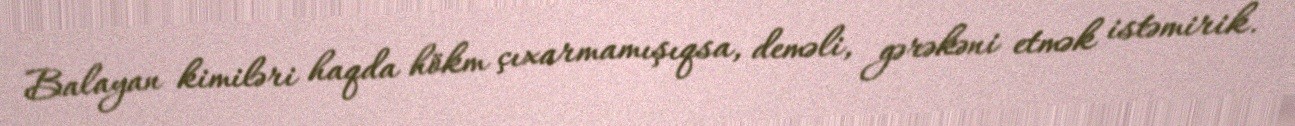
Balayan kimiləri haqda hökm çıxarmamışıqsa, deməli, gərəkəni etmək istəmirik.